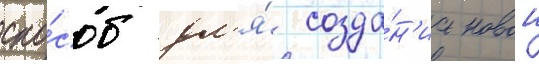
спо́соб дл'я́ созда́н'иа новои